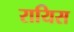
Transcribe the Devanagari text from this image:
रायिस